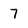
Character: 7